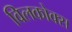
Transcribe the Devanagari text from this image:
विलकोक्स